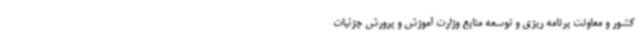
کشور و معاونت برنامه ریزی و توسعه منابع وزارت آموزش و پرورش جزئیات